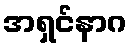
အရှင်နာဂ